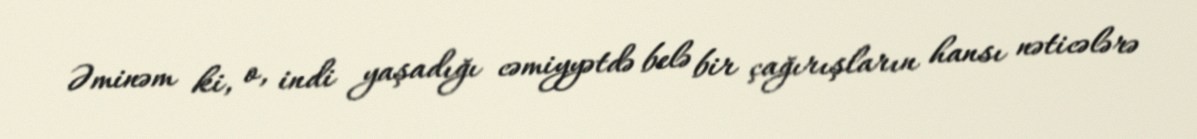
Əminəm ki, o, indi yaşadığı cəmiyyətdə belə bir çağırışların hansı nəticələrə